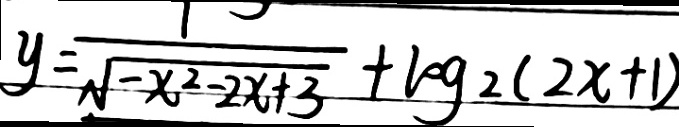
y = \frac { 1 } { \sqrt { - x ^ { 2 } - 2 x + 3 } } + \log _ { 2 } ( 2 x + 1 )